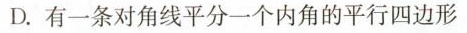
D.有一条对角线平分一个内角的平行四边形